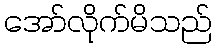
အော်လိုက်မိသည်